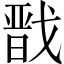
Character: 戬